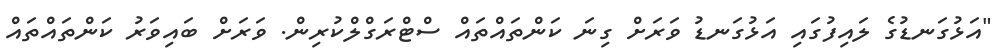
"އަޅުގަނޑުގެ ލައިފުގައި އަޅުގަނޑު ވަރަށް ގިނަ ކަންތައްތައް ސްޓްރަގްލްކުރިން. ވަރަށް ބައިވަރު ކަންތައްތައް